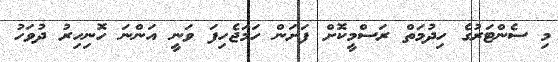
މި ސެންޓަރުގެ ހިދުމަތް ރަސްމީކޮށް ފަށަން ހަމަޖެހިފަ ވަނީ އަންނަ ހޮނިހިރު ދުވަހު